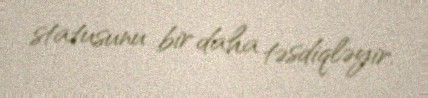
statusunu bir daha təsdiqləyir.